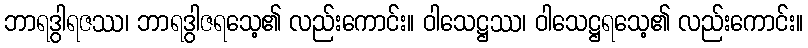
ဘာရဒွါရဇဿ၊ ဘာရဒွါဇရသေ့၏ လည်းကောင်း။ ဝါသေဋ္ဌဿ၊ ဝါသေဋ္ဌရသေ့၏ လည်းကောင်း။